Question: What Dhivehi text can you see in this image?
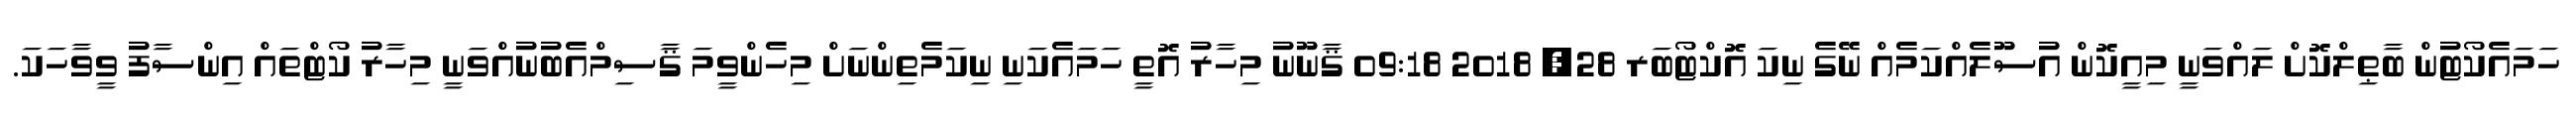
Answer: ހަމައެކޯޓުން ބާޠިލްކޮށް ލައްވަނީ މިއީކޮން އުސޫލެއްކަމެއް ނޭގެ ނިކަ އޮކްޓޯބަރ 28, 2018 09:18 ޤާނޫނު މިހާރު އޮތީ ހަމައެކަނި ނިކަމެތިންނަށް މިހެންވީމަ ޤާސިމްއެބުނުއްވަނީ މިހާރު ކޯޓްތައް އިންސާފު ވީވާހަކަ.